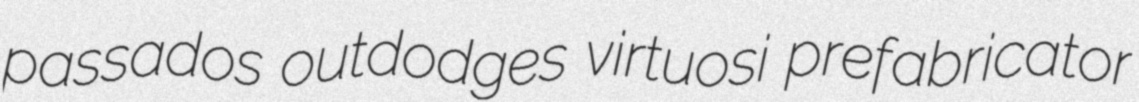
passados outdodges virtuosi prefabricator